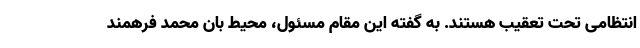
انتظامی تحت تعقیب هستند. به گفته این مقام مسئول، محیط بان محمد فرهمند